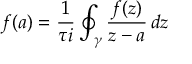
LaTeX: f ( a ) = { \frac { 1 } { \tau i } } \oint _ { \gamma } { \frac { f ( z ) } { z - a } } \, d z